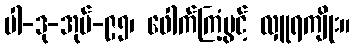
ပါ-ဒု-အုပ်-၉၅၊ ဖေါက်ကြံ့ပွင့် လှူရကျိုး။